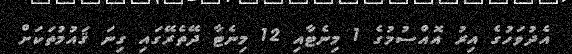
އެދުވަހުގެ އިރު އޮއްސުމުގެ 1 މިނެޓާއި 12 މިނެޓާ ދޭތެރޭގައި ގިނަ ޤައުމުތަކަށް